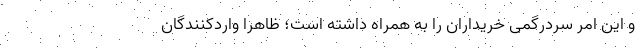
و این امر سردرگمی خریداران را به همراه داشته است؛ ظاهرا واردکنندگان